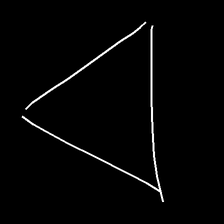
Glyph: convergence